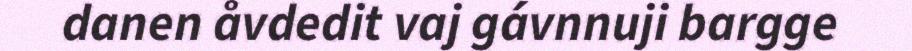
danen åvdedit vaj gávnnuji bargge